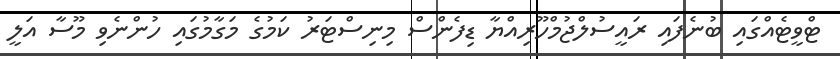
ޓްވީޓެއްގައި ބުނެފައި ރައީސުލްޖުމްހޫރިއްޔާ ޑިފެންސް މިނިސްޓަރު ކަމުގެ މަގާމުގައި ހުންނެވި މޫސާ އަލީ